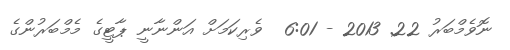
ނޮވެމްބަރު 22